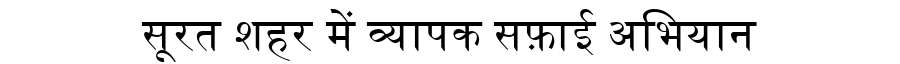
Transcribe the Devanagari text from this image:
सूरत शहर में व्यापक सफ़ाई अभियान